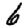
Digit: 6